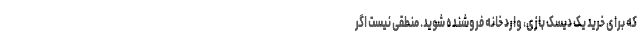
که برای خرید یک دیسک بازی، وارد خانه فروشنده شوید. منطقی نیست اگر